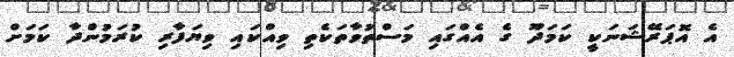
އެ އޮޕަރޭޝަނަކީ ކަމަދޫ ގެ އެއްގައި މަސްތުވާތަކެތި ވިއްކައި ވިޔަފާރި ކުރަމުންދާ ކަމަށް